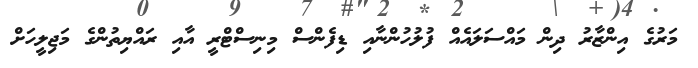
މަރުގެ އިންޒާރު ދިން މައްސަލައެއް ފުލުހުންނާއި ޑިފެންސް މިނިސްޓްރީ އާއި ރައްޔިތުންގެ މަޖިލީހަށް